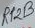
Text: RP2B